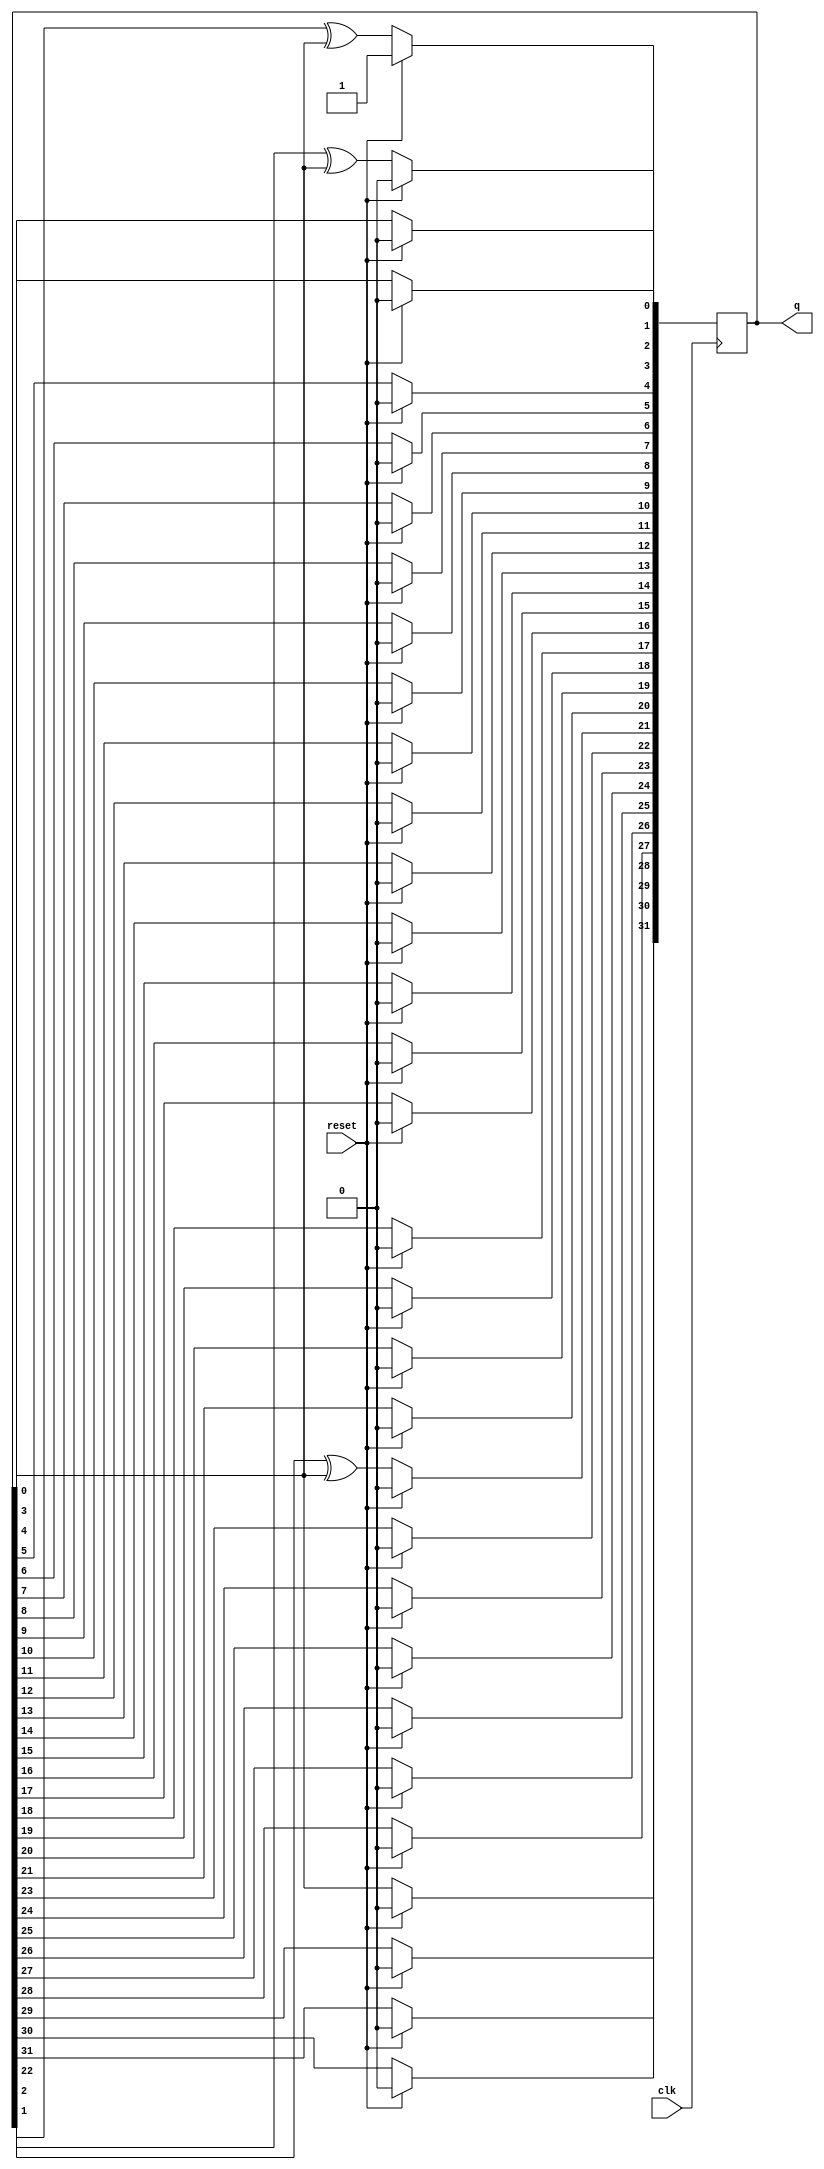
module top_module 
(
    input 			clk,
    input 			reset,    // Active-high synchronous reset to 32'h1
    
    output [31:0]	q
); 
    reg		[31:0]	lfsr;
    
    always @ ( posedge clk ) begin
        if ( reset )
            lfsr	<=	32'h00000001;
        else begin
			lfsr[31]	<=	lfsr[0]^1'b0;
            lfsr[30]	<=	lfsr[31];
            lfsr[29]	<=	lfsr[30];
            lfsr[28]	<=	lfsr[29];
            lfsr[27]	<=	lfsr[28];
            lfsr[26]	<=	lfsr[27];
            lfsr[25]	<=	lfsr[26];
            lfsr[24]	<=	lfsr[25];
            lfsr[23]	<=	lfsr[24];
            lfsr[22]	<=	lfsr[23];            
            lfsr[21]	<=	lfsr[22]^lfsr[0];            
            lfsr[20]	<=	lfsr[21];
            lfsr[19]	<=	lfsr[20];
            lfsr[18]	<=	lfsr[19];
            lfsr[17]	<=	lfsr[18];
            lfsr[16]	<=	lfsr[17];
            lfsr[15]	<=	lfsr[16];
            lfsr[14]	<=	lfsr[15];
            lfsr[13]	<=	lfsr[14];
            lfsr[12]	<=	lfsr[13];            
            lfsr[11]	<=	lfsr[12];
            lfsr[10]	<=	lfsr[11];
            lfsr[9]		<=	lfsr[10];
            lfsr[8]		<=	lfsr[9];
            lfsr[7]		<=	lfsr[8];
            lfsr[6]		<=	lfsr[7];
            lfsr[5]		<=	lfsr[6];
            lfsr[4]		<=	lfsr[5];
            lfsr[3]		<=	lfsr[4];
            lfsr[2]		<=	lfsr[3];
            lfsr[1]		<=	lfsr[2]^lfsr[0];
            lfsr[0]		<=	lfsr[1]^lfsr[0];
        end
    end // always

    assign q = lfsr;
    
endmodule